Streptothrix isolated from the spleen of a leper - Number 51
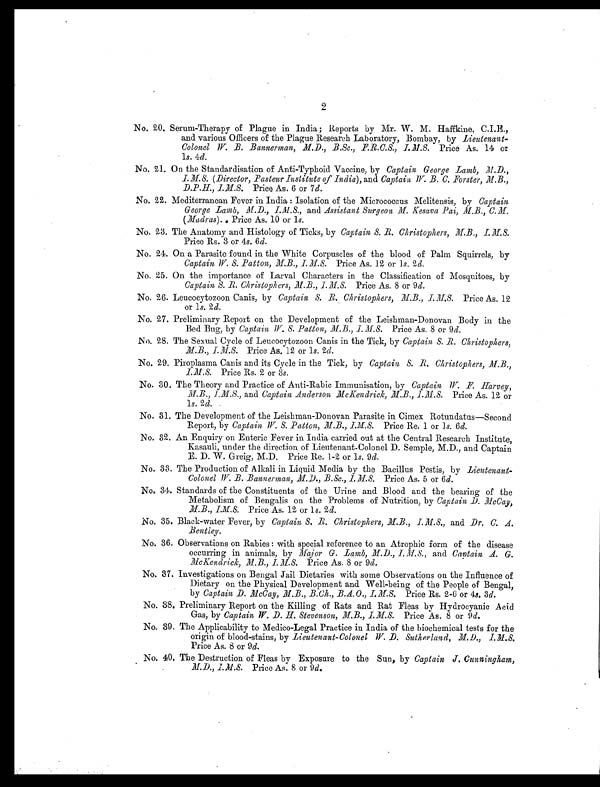
2
No. 20. Serum-Therapy of Plague in India ; Reports by Mr. W. M. Haffkine,
C.I.E., and various Officers of the Plague Research Laboratory, Bombay, by Lieutenant-
Colonel W. B. Bannerman, M.D., B.Sc., F.R.C.S., I.M.S. Price As. 14 or
1
s. 4d.
No. 21. On the Standardisation of Anti-Typhoid Vaccine, by Captain George Lamb, M.D.,
I.M.S. (Director, Pasteur Institute of India), and Captain W. B. C. Forster, M.B.,
D.P.H., I.M.S. Price As. 6 or 7 d.
No. 22. Mediterranean Fever in India : Isolation of the Micrococcus Melitensis, by Captain
George Lamb, M.D., I.M.S., and Assistant Surgeon M. Kesava Pai, M.B.,
C.M.
( Madras). Price As. 10 or 1s.
No. 23. The Anatomy and Histology of Ticks, by Captain S. B. Christophers, I.M.
S.
Price Rs. 3 or 4s. 6 d.
No. 24. On a Parasite found in the White Corpuscles of the blood of Palm Squirrels, by
Captain W. S. Patton, M.B., I.M.S. Price As. 12 or 1s. 2d.
No. 25. On the importance of Larval Characters in the Classification of Mosquitoes, by
Captain S. R. Christophers, M.B., I.M.S. Price As. 8 or 9d.
No. 26. Leucocytozoon Canis, by Captain S. R. Christophers, M.B., I.M.S. Price As. 12
or 1s. 2d.
No. 27. Preliminary Report on the Development of the Leishman-Donovan Body in the
Bed Bug, by Captain W. S. Patton, M.B., I.M.S. Price As. 8 or 9 d.
No. 28. The Sexual Cycle of Leucocytozoon Canis in the Tick, by Captain S. R. Christophers,
M.B., I.M.S. Price As. 12 or l s. 2d.
No. 29. Piroplasma Canis and its Cycle in the Tick, by Captain S. R. Christophers,
M.B.,
I.M.S. Price Rs. 2 or 3 s.
No. 30. The Theory and Practice of Anti-Rabic Immunisation, by Captain W. F. Harvey,
M.B., I.M.S., and Captain Anderson McKendrick, M.B., Price As. 12 or
ls. 2d.
No. 31. The Development of the Leishman-Donovan Parasite in Cimex Rotundatus—Second
Report, by Captain W. S. Patton, M.B., I.M.S. Price Re. 1 or I s. 6d.
No. 32. An Enquiry on Enteric Fever in India carried out at the Central Research Institute,
Kasauli, under the direction of Lieutenant-Colonel D. Semple, M.D., and Captain
E. D. W. Greig, M.D. Price Re. 1-2 or l s. 9 d.
No. 33. The Production of Alkali in Liquid Media by the Bacillus Pestis, by Lieutenant-
Colonel W.B. Bannerman, M.D., B.Sc., I.M.S. Price As. 5 or 6 d.
No. 34. Standards of the Constituents of the Urine and Blood and the bearing of the
Metabolism of Bengalis on the Problems of Nutrition, by Captain, D. McCay,
I.M.S. Price As. 12 or 1s. 2 d.
No. 35. Black-water Fever, by Captain S. R. Christophers,
M.B., I.M.S., and Dr. C. A.
Bentley.
No. 36. Observations on Rabies : with special reference to an Atrophic form of the disease
occurring in animals, by Major G. Lamb, M.D., I.M.S., and Captain A. G.
McKendrick, M.B.,
I.M.S. Price As. 8 or 9 d.
No. 37. Investigations on Bengal Jail Dietaries with some Observations on the Influence of
Dietary on the Physical Development and Well-being of the People of Bengal,
by Captain D. McCay, M.B.,
B.Ch., B.A.O., I.M.S. Price Rs. 2-6 or 4s. 3d.
No. 38. Preliminary Report on the Killing of Rats and. Rat Fleas by Hydrocyanic Acid
Gas, by Captain W. D. H. Stevenson, M.B., I.M.S. Price As. 8 or 9 d.
No. 39. The Applicability to Medico-Legal Practice in India of the biochemical tests for the
origin of blood-stains, by Lieutenant-Colonel W. D. Sutherland, M.D., I.M.S.
Price As. 8 or 9d.
No. 40. The Destruction of Fleas by Exposure to the Sun, by Captain J. Cunningham,
M.D., I.M.S.
Price As. 8 or 9d.